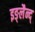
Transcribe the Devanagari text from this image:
इङ्लैन्द्